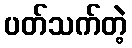
ပတ်သက်တဲ့